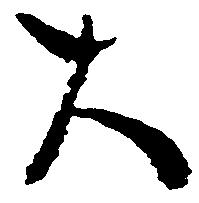
大